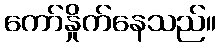
ကော်နှိုက်နေသည်။